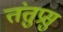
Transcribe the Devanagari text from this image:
तंतुप्रसु